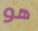
هو